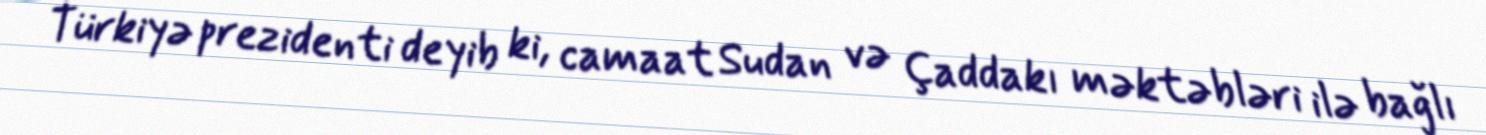
Türkiyə prezidenti deyib ki, camaat Sudan və Çaddakı məktəbləri ilə bağlı